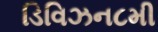
ડિવિઝન૮મી